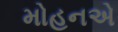
મોહનએ